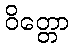
ဝိတ္တော